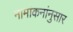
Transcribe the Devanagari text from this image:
नामांकनांनुसार